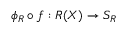
\phi _ { R } \circ f : R ( X ) \rightarrow S _ { R }